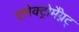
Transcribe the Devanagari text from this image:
एलेक्ट्रोमैग्नेट्